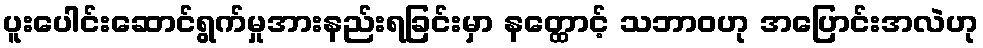
ပူးပေါင်းဆောင်ရွက်မှုအားနည်းရခြင်းမှာ နတ္ထောင့် သဘာဝဟု အပြောင်းအလဲဟု